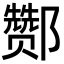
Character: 酂